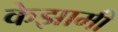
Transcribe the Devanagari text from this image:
केझामी